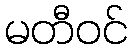
မတီဝင်